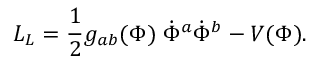
{ \cal L } _ { L } = { \frac { 1 } { 2 } } g _ { a b } ( \Phi ) \; \dot { \Phi } ^ { a } \dot { \Phi } ^ { b } - V ( \Phi ) .